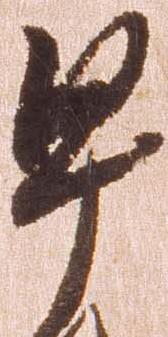
早